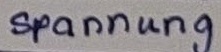
Text: Spannung